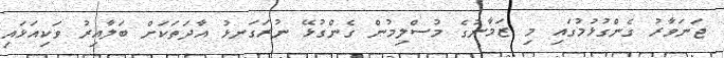
ޖަނަވާރު ގެންގުޅުމުގައި މި ޒަމާނުގެ މުސްލިމުން ގެންގުޅޭ ނުރަގަނޅު އާދަތަކަށް ބަލާއިރު ވަކިއަޅައި